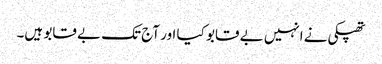
تھپکی نے انہیں بے قابو کیا اور آج تک بے قابو ہیں۔